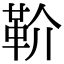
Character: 𩉡